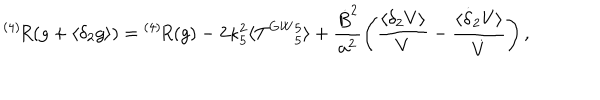
{ } ^ { ( 4 ) } \! R ( g + \langle \delta _ { 2 } g \rangle ) = { } ^ { ( 4 ) } \! R ( g ) - 2 \kappa _ { 5 } ^ { 2 } \langle T ^ { \mathrm { G W } } { } _ { 5 } ^ { 5 } \rangle + \frac { \dot { B } ^ { 2 } } { a ^ { 2 } } \left( \frac { \langle \delta _ { 2 } V \rangle } { V } - \frac { \langle \dot { \delta } _ { 2 } V \rangle } { \dot { V } } \right) ,